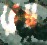
ব্লেড